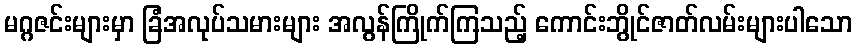
မဂ္ဂဇင်းများမှာ ခြံအလုပ်သမားများ အလွန်ကြိုက်ကြသည့် ကောင်းဘွိုင်ဇာတ်လမ်းများပါသော